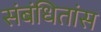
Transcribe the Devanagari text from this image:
संबंधितांस